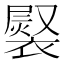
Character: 𧜷